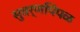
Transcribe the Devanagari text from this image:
सुवर्णपिंपळ